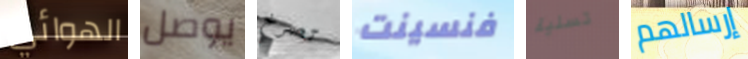
الهوائي يوصل تصرخ فنسينت تسلية إرسالهم